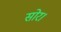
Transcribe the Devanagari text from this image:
सोर।